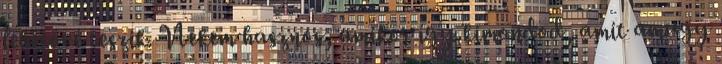
lehetővé teszik. Nekem hasznos, amikor így kimondod, amit amugy